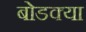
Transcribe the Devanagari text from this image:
बोडक्या